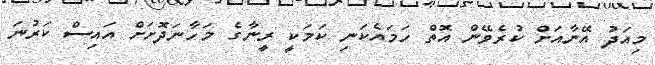
މިއަދު އޭނާއަށް ކުރެވޭން އޮތް ހަމައެކަނި ކަމަކީ ރީނާގެ މަހާނަދޮށަށް އައިސް ކަރުނަ